Scientific memoirs by medical officers of the Army of India - Part X,
Year: 1897
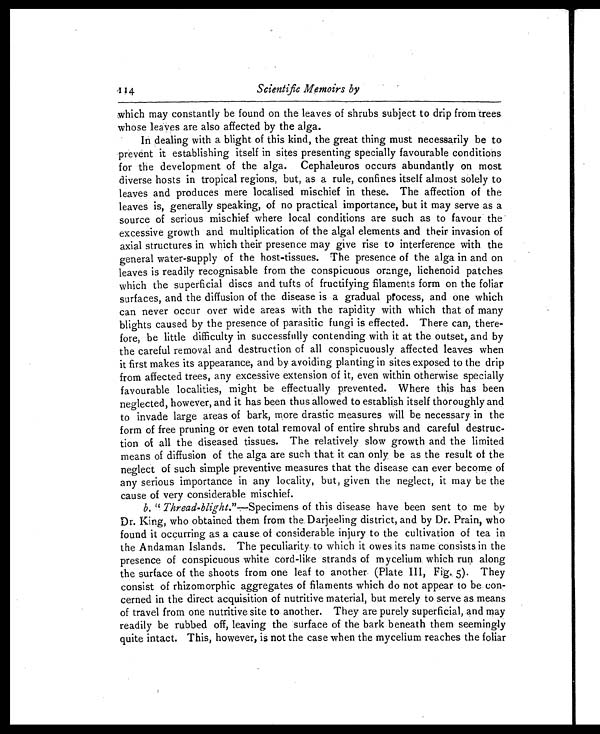
114
Scientific Memoirs by
which may constantly be found on the leaves of shrubs subject to drip from trees
whose leaves are also affected by the alga.
In dealing with a blight of this kind, the great thing must necessarily be to
prevent it establishing itself in sites presenting specially favourable conditions
for the development of the alga. Cephaleuros occurs abundantly on most
diverse hosts in tropical regions, but, as a rule, confines itself almost solely to
leaves and produces mere localised mischief in these. The affection of the
leaves is, generally speaking, of no practical importance, but it may serve as a
source of serious mischief where local conditions are such as to favour the
excessive growth and multiplication of the algal elements and their invasion of
axial structures in which their presence may give rise to interference with the
general water-supply of the host-tissues. The presence of the alga in and on
leaves is readily recognisable from the conspicuous orange, lichenoid patches
which the superficial discs and tufts of fructifying filaments form on the foliar
surfaces, and the diffusion of the disease is a gradual process, and one which
can never occur over wide areas with the rapidity with which that of many
blights caused by the presence of parasitic fungi is effected. There can, there
-
fore, be little difficulty in successfully contending with it at the outset, and by
the careful removal and destruction of all conspicuously affected leaves when
it first makes its appearance, and by avoiding planting in sites exposed to the drip
from affected trees, any excessive extension of it, even within otherwise specially
favourable localities, might be effectually prevented. Where this has been
neglected, however, and it has been thus allowed to establish itself thoroughly and
to invade large areas of bark, more drastic measures will be necessary in the
form of free pruning or even total removal of entire shrubs and careful destruc
-
tion of all the diseased tissues. The relatively slow growth and the limited
means of diffusion of the alga are such that it can only, be as the result of the
neglect of such simple preventive measures that the disease can ever become of
any serious importance in any locality, but, given the neglect, it may be the
cause of very considerable mischief.
b. " Thread-blight."—Specimens of this disease have been sent to me by
Dr. King, who obtained them from the Darjeeling district, and by Dr. Prain, who
found it occurring as a cause of considerable injury to the cultivation of tea in
the Andaman Islands. The peculiarity to which it owes its name consists in the
presence of conspicuous white cord-like strands of mycelium which run along
the surface of the shoots from one leaf to another (Plate III, Fig. 5). They
consist of rhizomorphic aggregates of filaments which do not appear to be con
-
cerned in the direct acquisition of nutritive material, but merely to serve as means
of travel from one nutritive site to another. They are purely superficial, and may
readily be rubbed off, leaving the surface of the bark beneath them seemingly
quite intact. This, however, is not the case when the mycelium reaches the foliar